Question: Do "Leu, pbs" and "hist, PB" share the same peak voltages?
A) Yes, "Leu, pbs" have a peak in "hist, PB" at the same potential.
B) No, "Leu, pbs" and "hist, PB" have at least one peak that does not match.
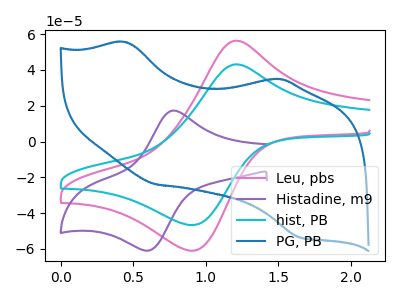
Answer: <think>The pink curve "Leu, pbs" has an anodic peak at (1.20V, 56.35uA) and a cathodic peak at (0.90V, -61.05uA). The purple curve "Histadine, m9" has an anodic peak at (0.80V, 17.30uA) and a cathodic peak at (0.60V, -60.85uA). The cyan curve "hist, PB" has an anodic peak at (1.20V, 43.15uA) and a cathodic peak at (0.90V, -46.75uA). The blue curve "PG, PB" has anodic peaks at (0.45V, 55.55uA) (1.45V, 34.90uA) and cathodic peaks at (0.65V, -23.95uA) (1.65V, -53.50uA).</think>
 <answer>A) Yes, "Leu, pbs" have a peak in "hist, PB" at the same potential.</answer>
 <eval>A</eval>